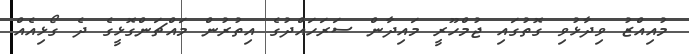
މުއިއްޒު ވިދާޅުވި ގޮތުގައި ޖުމްހޫރީ މައިދާން ސަރަހައްދުގެ އިތުރުން މައްޗަންގޮޅީގެ ދެ ގޯޅިއެއް